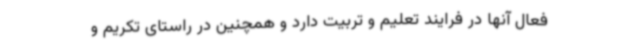
فعال آنها در فرایند تعلیم و تربیت دارد و همچنین در راستای تکریم و